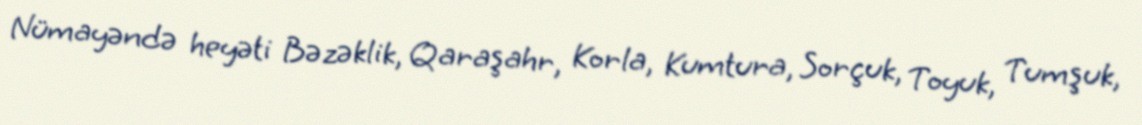
Nümayəndə heyəti Bəzəklik, Qaraşahr, Korla, Kumtura, Sorçuk, Toyuk, Tumşuk,